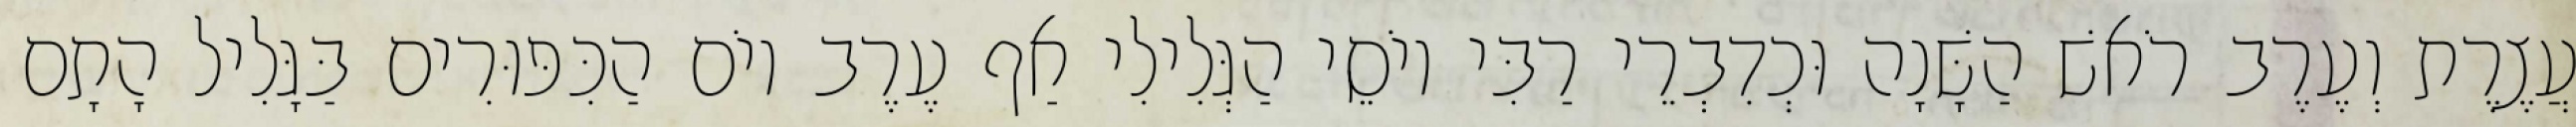
עֲצֶרֶת וְעֶרֶב רֹאשׁ הַשָּׁנָה וּכְדִבְרֵי רַבִּי יוֹסֵי הַגְּלִילִי אַף עֶרֶב יוֹם הַכִּפּוּרִים בַּגָּלִיל הָתָם